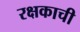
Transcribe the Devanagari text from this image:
रक्षकाची